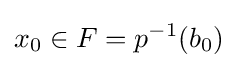
x_{0}\in F=p^{-1}(b_{0})